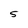
Character: 5